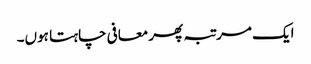
ایک مرتبہ پھر معافی چاہتا ہوں۔